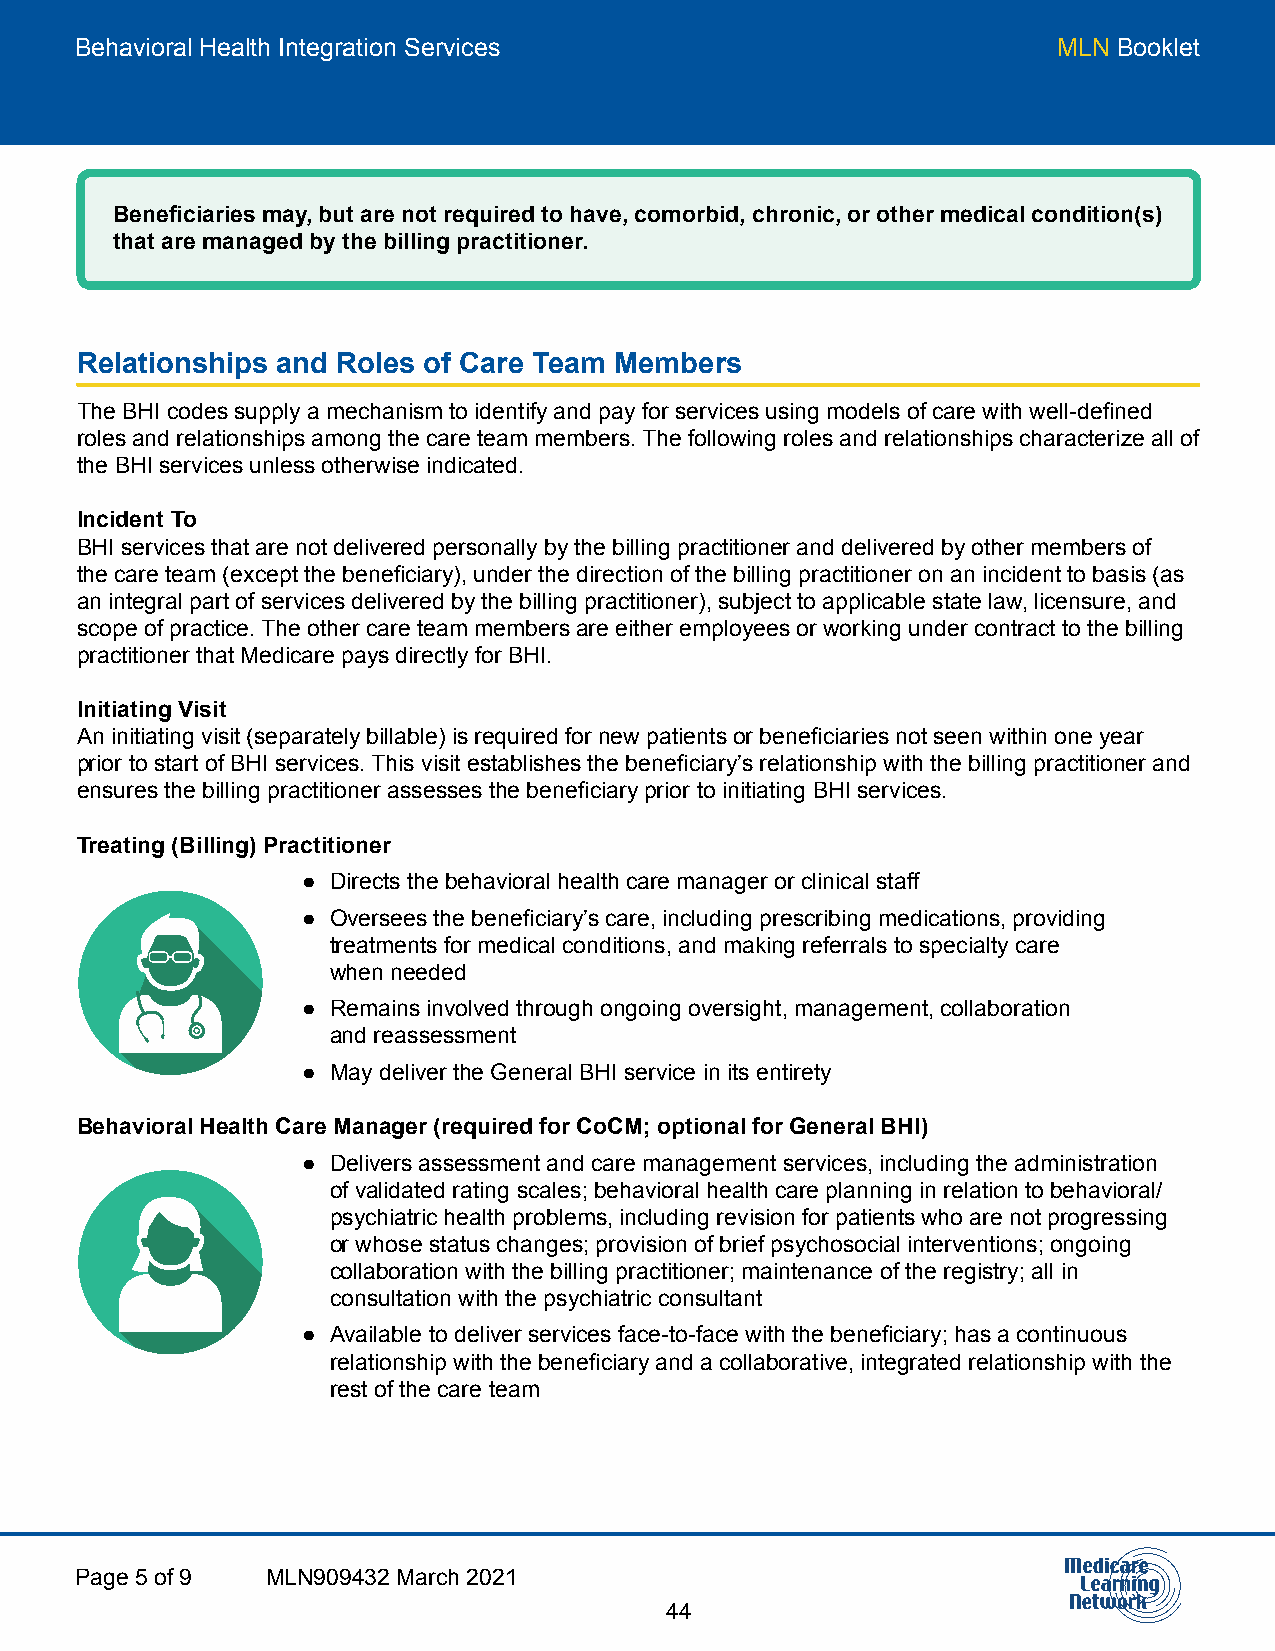
Behavioral Health Integration Services                           MLN Booklet
 Beneficiaries may, but are not required to have, comorbid, chronic, or other medical condition(s)
 that are managed by the billing practitioner.
 Relationships and Roles of Care Team Members
 The BHI codes supply a mechanism to identify and pay for services using models of care with well-defined
 roles and relationships among the care team members. The following roles and relationships characterize all of
 the BHI services unless otherwise indicated.
 Incident To
 BHI services that are not delivered personally by the billing practitioner and delivered by other members of
 the care team (except the beneficiary), under the direction of the billing practitioner on an incident to basis (as
 an integral part of services delivered by the billing practitioner), subject to applicable state law, licensure, and
 scope of practice. The other care team members are either employees or working under contract to the billing
 practitioner that Medicare pays directly for BHI.
 Initiating Visit
 An initiating visit (separately billable) is required for new patients or beneficiaries not seen within one year
 prior to start of BHI services. This visit establishes the beneficiary’s relationship with the billing practitioner and
 ensures the billing practitioner assesses the beneficiary prior to initiating BHI services.
 Treating (Billing) Practitioner
 ● Directs the behavioral health care manager or clinical staff
 ● Oversees the beneficiary’s care, including prescribing medications, providing
 treatments for medical conditions, and making referrals to specialty care
 when needed
 ● Remains involved through ongoing oversight, management, collaboration
 and reassessment
 ● May deliver the General BHI service in its entirety
 Behavioral Health Care Manager (required for CoCM; optional for General BHI)
 ● Delivers assessment and care management services, including the administration
 of validated rating scales; behavioral health care planning in relation to behavioral/
 psychiatric health problems, including revision for patients who are not progressing
 or whose status changes; provision of brief psychosocial interventions; ongoing
 collaboration with the billing practitioner; maintenance of the registry; all in
 consultation with the psychiatric consultant
 ● Available to deliver services face-to-face with the beneficiary; has a continuous
 relationship with the beneficiary and a collaborative, integrated relationship with the
 rest of the care team
 Page 5 of 9  MLN909432 March 2021
 44